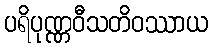
ပရိပုဏ္ဏဝီသတိဝဿာယ